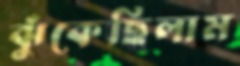
ঝুঁকেছিলাম